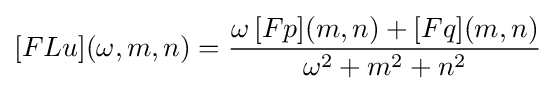
[FLu](\omega ,m,n)={\frac {\omega \,[Fp](m,n)+[Fq](m,n)}{\omega ^{2}+m^{2}+n^{2}}}